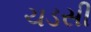
ચડસી